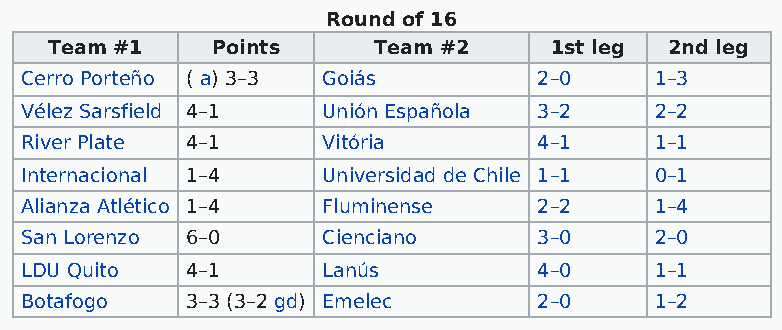
Round of 16
 Team #1    Points     Team #2    1st leg 2nd leg
 Cerro Porteño ( a) 3–3 Goiás       2–0    1–3
 Vélez Sarsfield 4–1 Unión Española 3–2    2–2
 River Plate 4–1     Vitória        4–1    1–1
 Internacional 1–4   Universidad de Chile 1–1 0–1
 Alianza Atlético 1–4 Fluminense    2–2    1–4
 San Lorenzo 6–0     Cienciano      3–0    2–0
 LDU Quito  4–1      Lanús          4–0    1–1
 Botafogo   3–3 (3–2 gd) Emelec     2–0    1–2